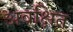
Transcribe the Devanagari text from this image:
अवक्षित